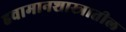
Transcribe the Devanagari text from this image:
हवामानशास्त्रातील